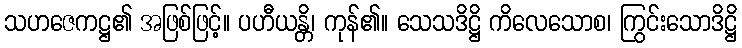
သဟဇေကဋ္ဌ၏ အဖြစ်ဖြင့်။ ပဟီယန္တိ၊ ကုန်၏။ သေသဒိဋ္ဌိ ကိလေသောစ၊ ကြွင်းသောဒိဋ္ဌိ